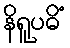
နိရူပဓိံ